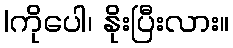
|ကိုပေါ၊ နိုးပြီးလား။